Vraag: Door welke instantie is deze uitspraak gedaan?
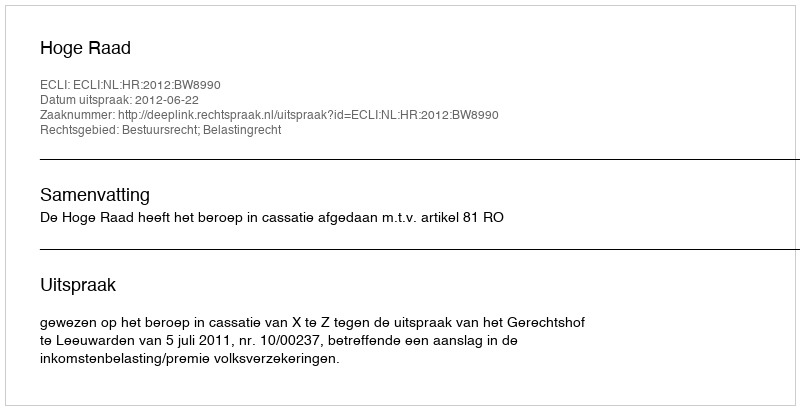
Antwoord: Hoge Raad